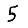
Digit: 5